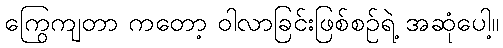
ကြွေကျတာ ကတော့ ဝါလာခြင်းဖြစ်စဉ်ရဲ့ အဆုံပေါ့။